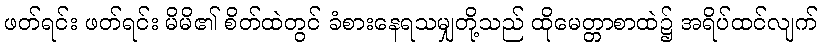
ဖတ်ရင်း ဖတ်ရင်း မိမိ၏ စိတ်ထဲတွင် ခံစားနေရသမျှတို့သည် ထိုမေတ္တာစာထဲ၌ အရိပ်ထင်လျက်